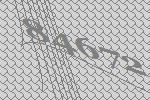
84672